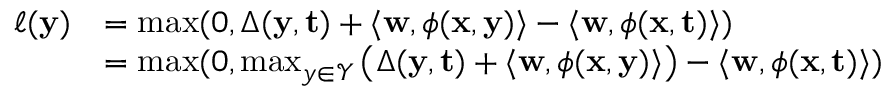
{ \begin{array} { r l } { \ell ( \mathbf { y } ) } & { = \operatorname* { m a x } ( 0 , \Delta ( \mathbf { y } , \mathbf { t } ) + \langle \mathbf { w } , \phi ( \mathbf { x } , \mathbf { y } ) \rangle - \langle \mathbf { w } , \phi ( \mathbf { x } , \mathbf { t } ) \rangle ) } \\ & { = \operatorname* { m a x } ( 0 , \operatorname* { m a x } _ { y \in { \mathcal { Y } } } \left( \Delta ( \mathbf { y } , \mathbf { t } ) + \langle \mathbf { w } , \phi ( \mathbf { x } , \mathbf { y } ) \rangle \right) - \langle \mathbf { w } , \phi ( \mathbf { x } , \mathbf { t } ) \rangle ) } \end{array} }